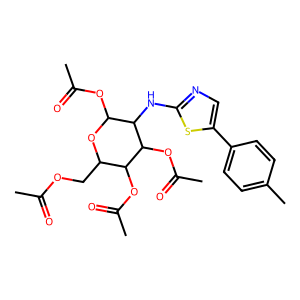
SMILES: CC(=O)OCC1OC(OC(C)=O)C(Nc2ncc(-c3ccc(C)cc3)s2)C(OC(C)=O)C1OC(C)=O
Inhibits HIV replication: No